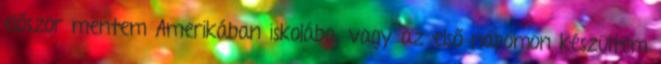
először mentem Amerikában iskolába, vagy az első napomon készültem